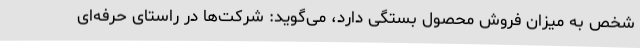
شخص به میزان فروش محصول بستگی دارد، می‌گوید: شرکت‌ها در راستای حرفه‌ای